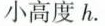
小高度h.